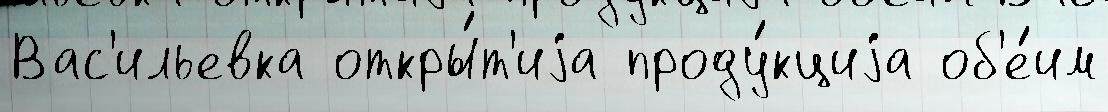
Вас'ильевка откры́т'иjа проду́кциjа об'е́им